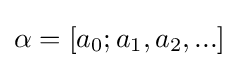
\alpha =[a_{0};a_{1},a_{2},...]